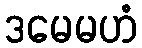
ဒမေမဟံ